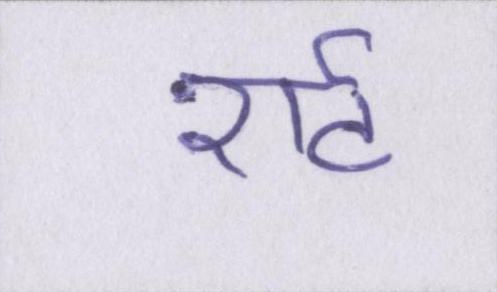
शर्ट